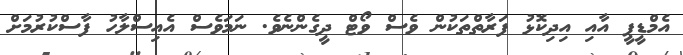
އެމްޑީޕީ އާއި އިދިކޮޅު ފަރާތްތަކުން ވެސް ވޯޓް ދީގެންނެވެ. ނަމަވެސް އެއިސްލާހު ފާސްކުރުމަށް